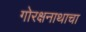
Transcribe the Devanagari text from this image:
गोरक्षनाथाचा